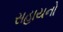
સહાયનો